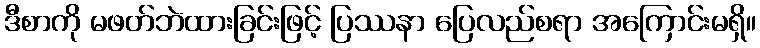
ဒီစာကို မဖတ်ဘဲထားခြင်းဖြင့် ပြဿနာ ပြေလည်စရာ အကြောင်းမရှိ။